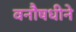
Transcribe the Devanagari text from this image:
वनौषधीने